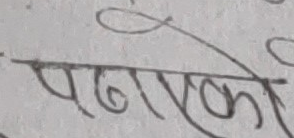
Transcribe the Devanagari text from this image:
पनाको